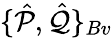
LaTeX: \{ \hat{\mathcal{P}},\hat{\mathcal{Q}}\} _{Bv}